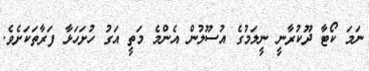
ނަމަ ކޯޓާ ދޫކުރާނީ ނީލަމުގެ އުސޫލުން އެންމެ މަތީ އަގު ހުށަހަޅާ ފަރާތަކަށެވެ.